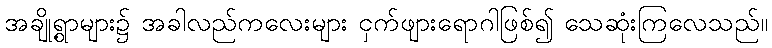
အချို့ရွာများ၌ အခါလည်ကလေးများ ငှက်ဖျားရောဂါဖြစ်၍ သေဆုံးကြလေသည်။